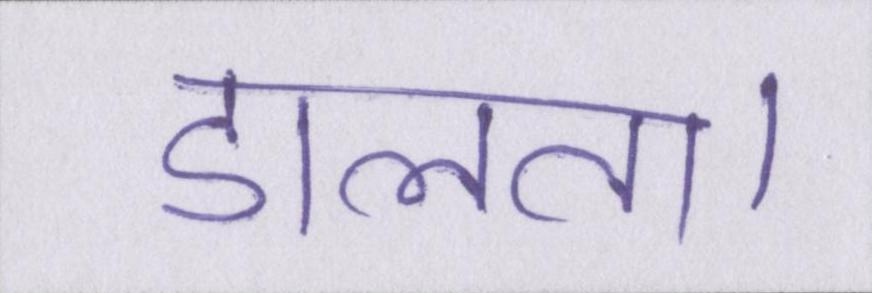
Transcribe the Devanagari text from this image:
डालता।